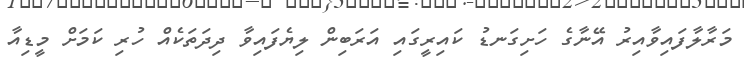
މަރާލާފައިވާއިރު އޭނާގެ ހަށިގަނޑު ކައިރީގައި އަރަބިން ލިޔެފައިވާ ދިދަތަކެއް ހުރި ކަމަށް މީޑިއާ